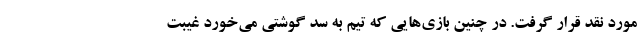
مورد نقد قرار گرفت. در چنین بازی‌هایی که تیم به سد گوشتی می‌خورد غیبت